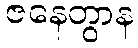
ဇနေတွာန